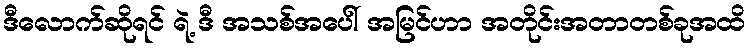
ဒီလောက်ဆိုရင် ရဲ့ ဒီ အသစ်အပေါ် အမြင်ဟာ အတိုင်းအတာတစ်ခုအထိ